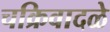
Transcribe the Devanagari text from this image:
चक्रिवादळे